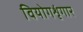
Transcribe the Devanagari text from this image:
वियोगशृंगार